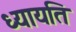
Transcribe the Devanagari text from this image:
ध्यायति